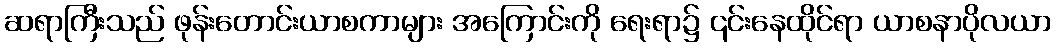
ဆရာကြီးသည် ဖုန်းတောင်းယာစကာများ အကြောင်းကို ရေးရာ၌ ၎င်းနေထိုင်ရာ ယာစနာပိုလယာ